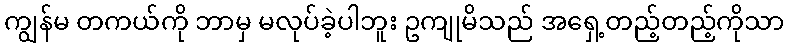
ကျွန်မ တကယ်ကို ဘာမှ မလုပ်ခဲ့ပါဘူး ဥကျုမိသည် အရှေ့တည့်တည့်ကိုသာ